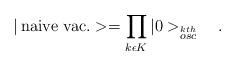
LaTeX: \begin{align*}| \,{\rm naive \ vac.} > = \prod_{k\epsilon K} | 0>_{\stackrel{kth}{osc}} \ \ \ .\end{align*}